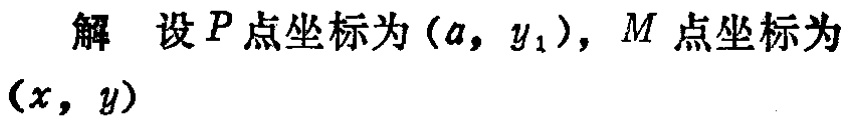
解 设 \(P\) 点坐标为 \((a, y_{1})\)，\(M\) 点坐标为 \((x, y)\)